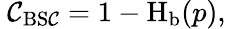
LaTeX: \ \mathcal{C}_{\mathrm{{BS\mathcal{C}}}}=1-\operatorname{H}_{\mathrm{{b}}}(p),